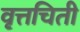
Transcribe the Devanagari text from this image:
वृत्तचिती